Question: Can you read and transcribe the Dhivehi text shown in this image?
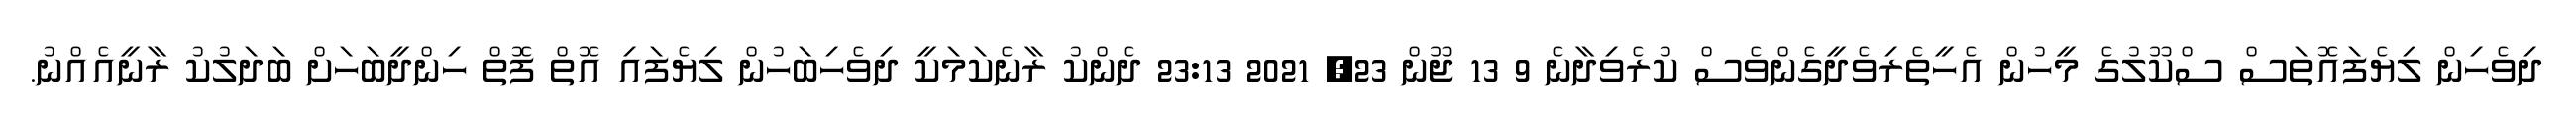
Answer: ދިވެހިން ލިޔެފައޮތަސް ސްކޫލުގެ މީހުން އެހީތެރިވެދީގެންވެސް ކުރެވިދާނެ 9 13 ޖޫން 23, 2021 23:13 ދެންކު ރާނެކަމަކީ ދިވެހިބަހުން ލިޔެފައި އޮތް ފޮތް ހިންދީބަހަށް ބަދަލުކު ރާނީއެއްނު.